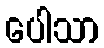
ပေါသာ